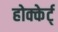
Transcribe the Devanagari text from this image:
होक्केर्ट्